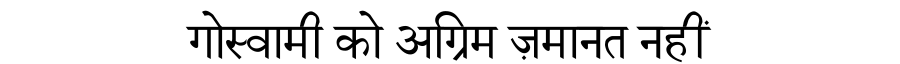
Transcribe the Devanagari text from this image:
गोस्वामी को अग्रिम ज़मानत नहीं